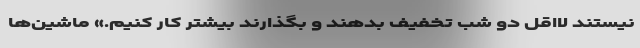
نیستند لااقل دو شب تخفیف بدهند و بگذارند بیشتر کار کنیم.» ماشین‌ها